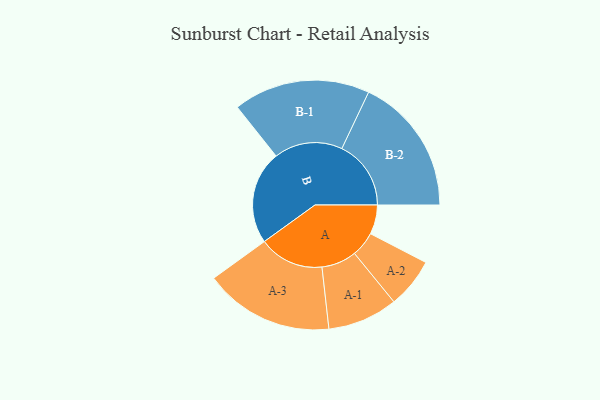
{"axis": {"x": "Segment", "y": "Value"}, "legend": ["", "A", "B"], "data": [{"x": "A", "y": 117, "type": ""}, {"x": "B", "y": 373, "type": ""}, {"x": "A-1", "y": 140, "type": "A"}, {"x": "A-2", "y": 100, "type": "A"}, {"x": "A-3", "y": 259, "type": "A"}, {"x": "B-1", "y": 273, "type": "B"}, {"x": "B-2", "y": 276, "type": "B"}]}